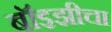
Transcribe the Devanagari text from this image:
बॉइझीचा